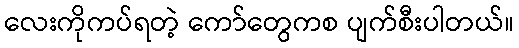
လေးကိုကပ်ရတဲ့ ကော်တွေကစ ပျက်စီးပါတယ်။